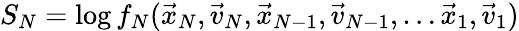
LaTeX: S_{N}=\log f_{N}(\vec{x}_{N},\vec{v}_{N},\vec{x}_{N-1},\vec{v}_{N-1},\dots\vec{x}_{1},\vec{v}_{1})